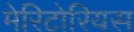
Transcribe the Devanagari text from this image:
मेरिटोरियस